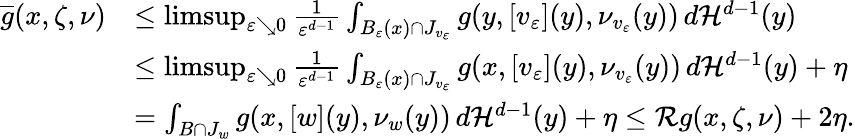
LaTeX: \begin{array}{rl}{\overline{{g}}(x,\zeta,\nu)}&{\leq\operatorname*{limsup}_{\varepsilon\searrow 0}\frac{1}{\varepsilon^{d-1}}\int_{B_{\varepsilon}(x)\cap J_{v_{\varepsilon}}}g(y,[v_{\varepsilon}](y),\nu_{v_{\varepsilon}}(y))\, d\mathcal{H}^{d-1}(y)}\\ &{\leq\operatorname*{limsup}_{\varepsilon\searrow 0}\frac{1}{\varepsilon^{d-1}}\int_{B_{\varepsilon}(x)\cap J_{v_{\varepsilon}}}g(x,[v_{\varepsilon}](y),\nu_{v_{\varepsilon}}(y))\, d\mathcal{H}^{d-1}(y)+\eta}\\ &{=\int_{B\cap J_{w}}g(x,[w](y),\nu_{w}(y))\, d\mathcal{H}^{d-1}(y)+\eta\leq\mathcal{R}g(x,\zeta,\nu)+2\eta.}\end{array}